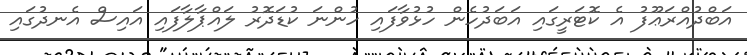
އަބްދުއްރަޢޫފު އެ ކޮޓަރީގައި އަބަދުހެން ހުޅުވާފައި ހުންނަ ކުޑަދޮރު ލައްޕާލާފައި އައިސް އެނދުގައި